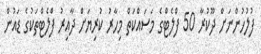
ފުލުހުންނަށް ދޫކުރާ 50 ފްލެޓްގެ މަސައްކަތް މިހާރު ކުރިޔަށް ދާއިރު ފްލެޓްތަކުގެ ޑައުން